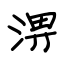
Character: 淠